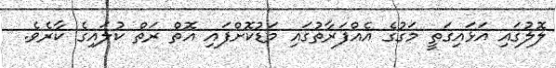
ލޮލުގައި އަޅައިގަތީ މަގުގެ އެއްފަރާތުގައި މަޑުކޮށްފައި އޮތް ރަތް ކުލައިގެ ކާރެވެ.